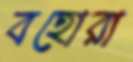
বহোরা